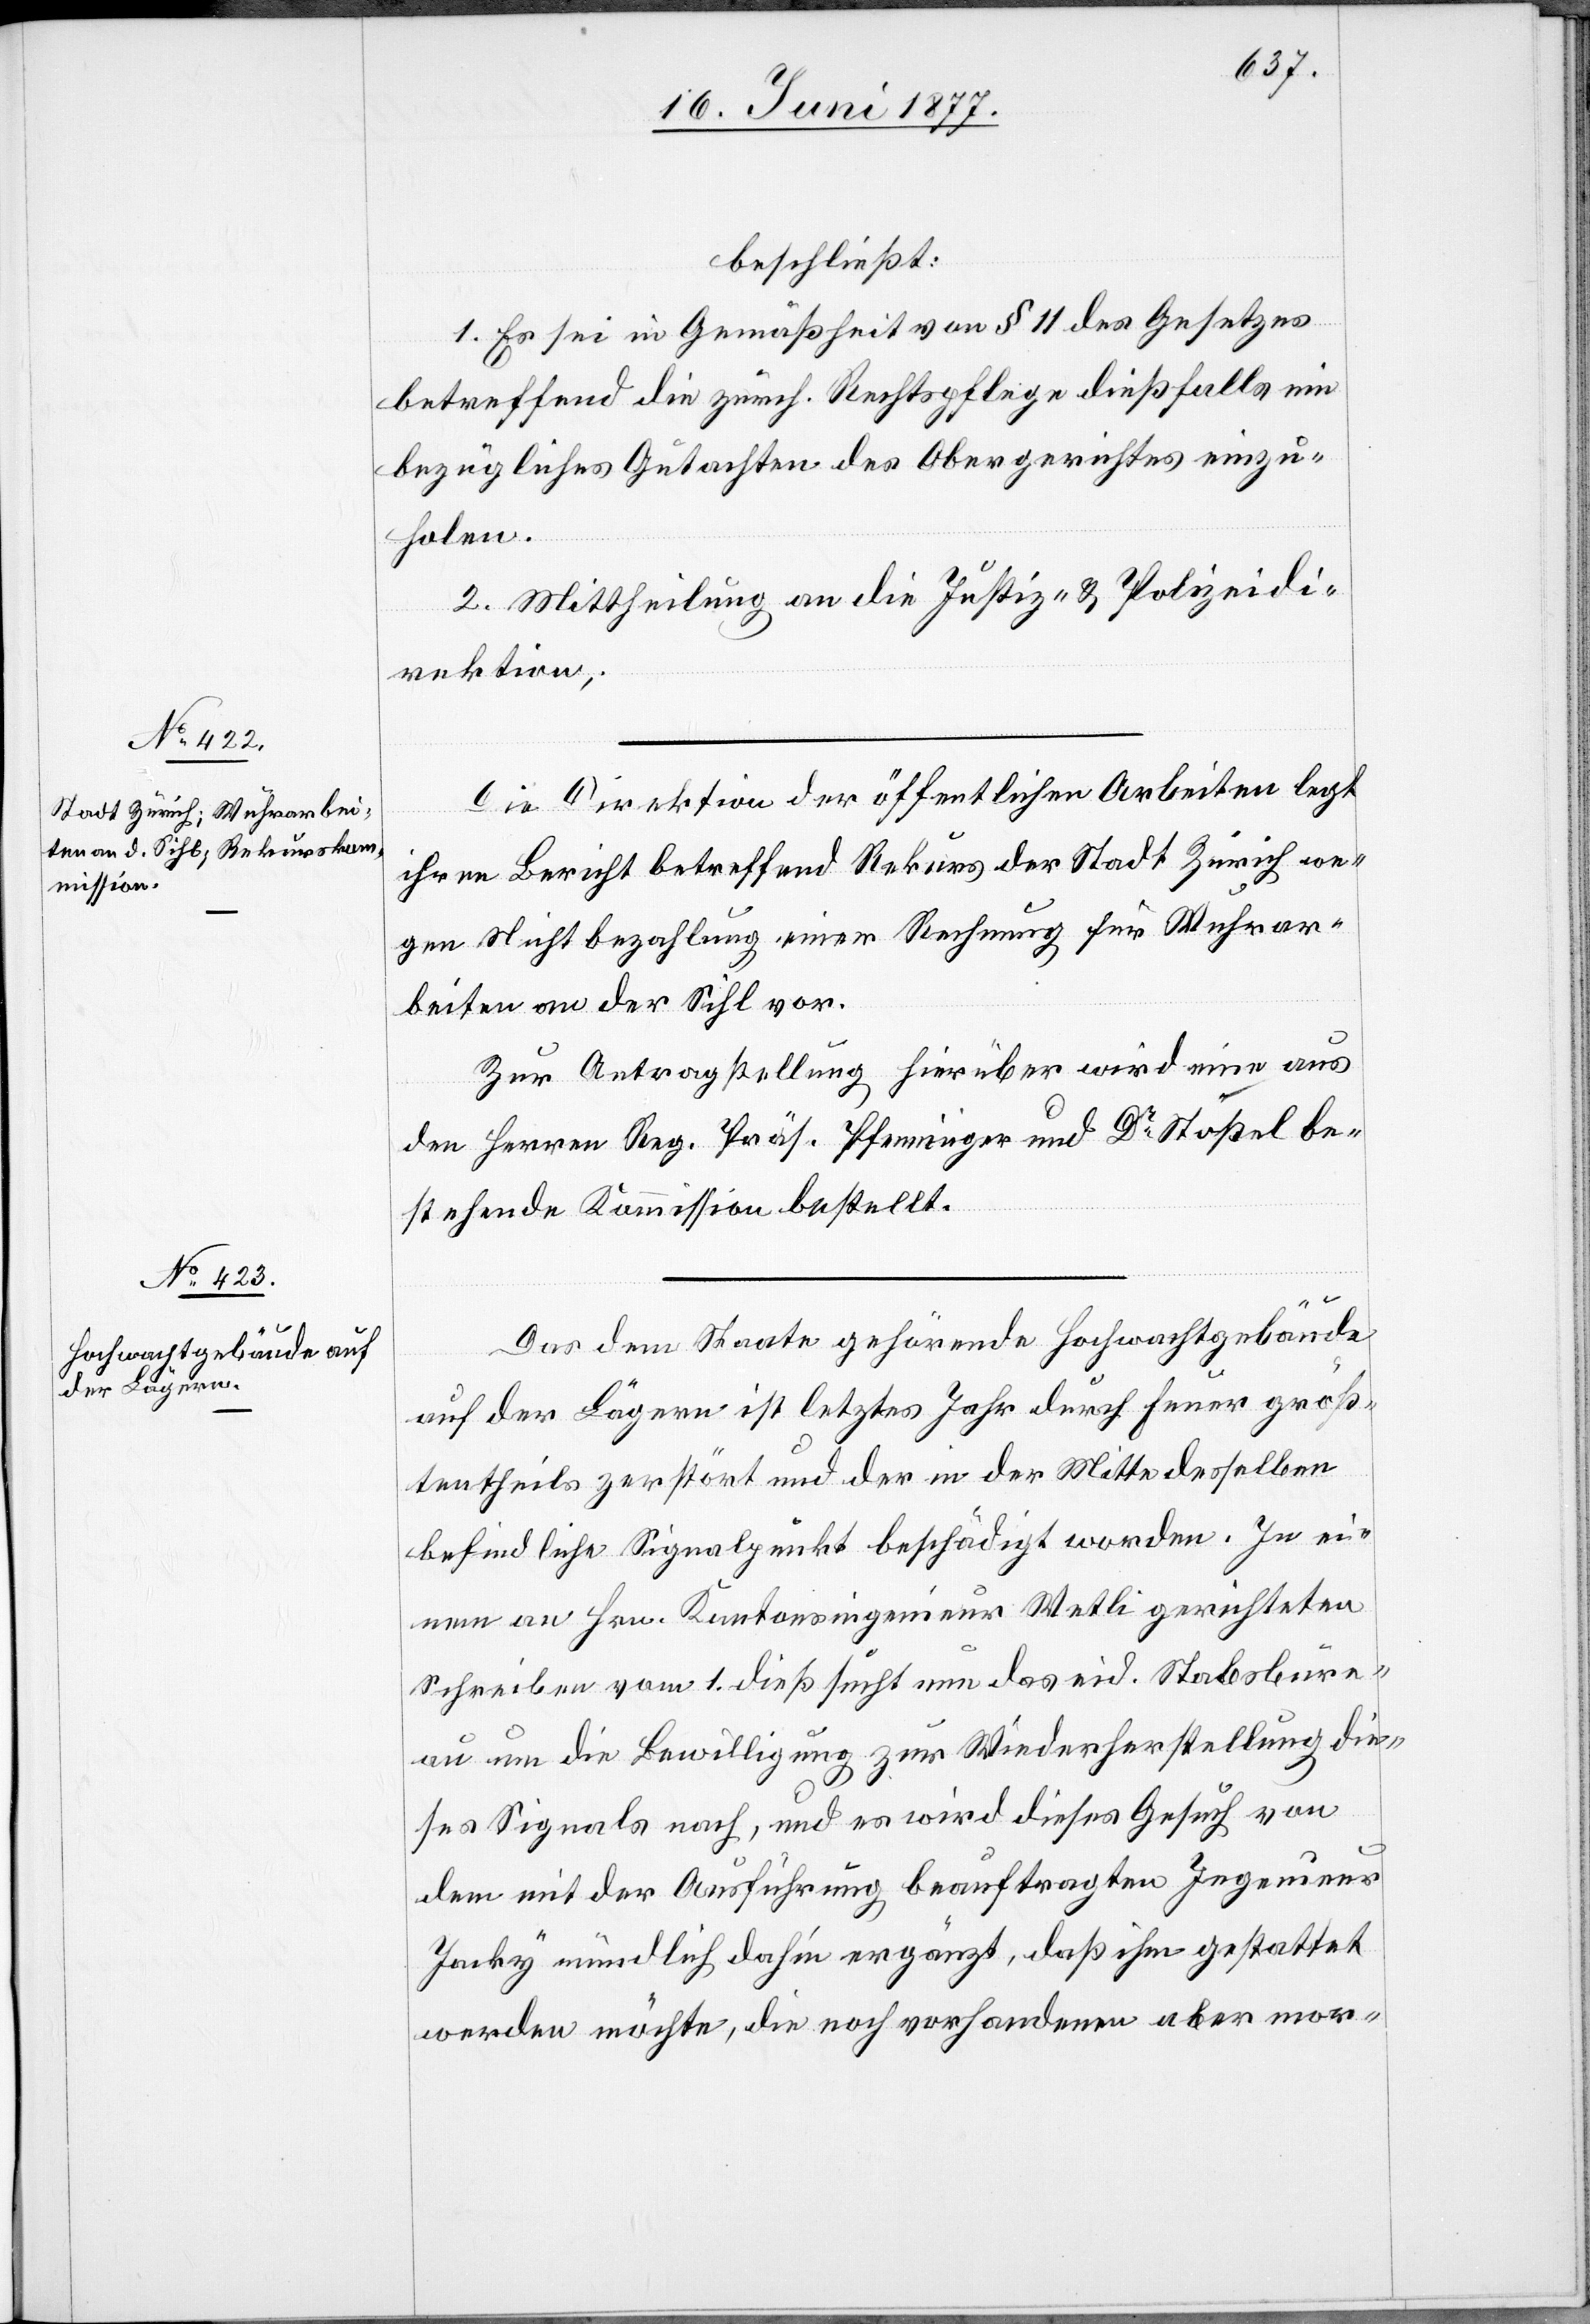
beschließt:
1. Es sei in Gemäßheit von § 11 des Gesetzes
betreffend die zürch. Rechtspflege dießfalls ein
bezügliches Gutachten des Obergerichtes einzu¬
holen.
2. Mittheilung an die Justiz- & Polizeidi¬
rektion.
Die Direktion der öffentlichen Arbeiten legt
ihren Bericht betreffend Rekurs der Stadt Zürich we¬
gen Nichtbezahlung einer Rechnung für Wuhrar¬
beiten an der Sihl vor.
Zur Antragstellung hierüber wird eine aus
den Herren Reg. Präs. Pfenninger und Dr Stößel be¬
stehende Kommission bestellt.
Das dem Staate gehörende Hochwachtgebäude
auf der Lägern ist letztes Jahr durch Feuer größ¬
tentheils zerstört und der in der Mitte desselben
befindliche Signalpunkt beschädigt worden. In ei¬
nem an Hrn. Kantonsingenieur Wetli gerichteten
Schreiben vom 1. dieß sucht nun das eid. Staatsbure¬
au um die Bewilligung zur Wiederherstellung die¬
ses Signals nach, und es wird dieses Gesuch von
dem mit der Ausführung beauftragten Ingenieur
Jacky mündlich dahin ergänzt, daß ihm gestattet
werden möchte, die noch vorhandenen aber mor-